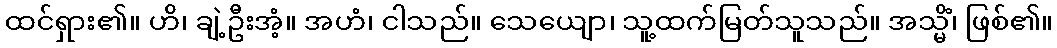
ထင်ရှား၏။ ဟိ၊ ချဲ့ဦးအံ့။ အဟံ၊ ငါသည်။ သေယျော၊ သူ့ထက်မြတ်သူသည်။ အသ္မိံ၊ ဖြစ်၏။